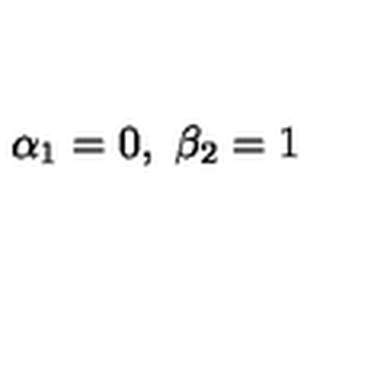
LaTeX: \alpha _ { 1 } = 0 , \ \beta _ { 2 } = 1